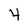
Character: 4